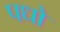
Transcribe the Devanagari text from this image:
पधो